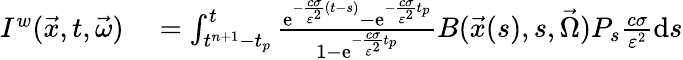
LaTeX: \begin{array}{rl}{I^{w}(\vec{x},t,\vec{\omega})}&{{}=\int_{t^{n+1}-t_{p}}^{t}\frac{\mathrm{e}^{-\frac{c\sigma}{\varepsilon^{2}}(t-s)}-\mathrm{e}^{-\frac{c\sigma}{\varepsilon^{2}}t_{p}}}{1-\mathrm{e}^{-\frac{c\sigma}{\varepsilon^{2}}t_{p}}}B(\vec{x}(s),s,\vec{\Omega})P_{s}\frac{c\sigma}{\varepsilon^{2}}\mathrm{d}s}\end{array}